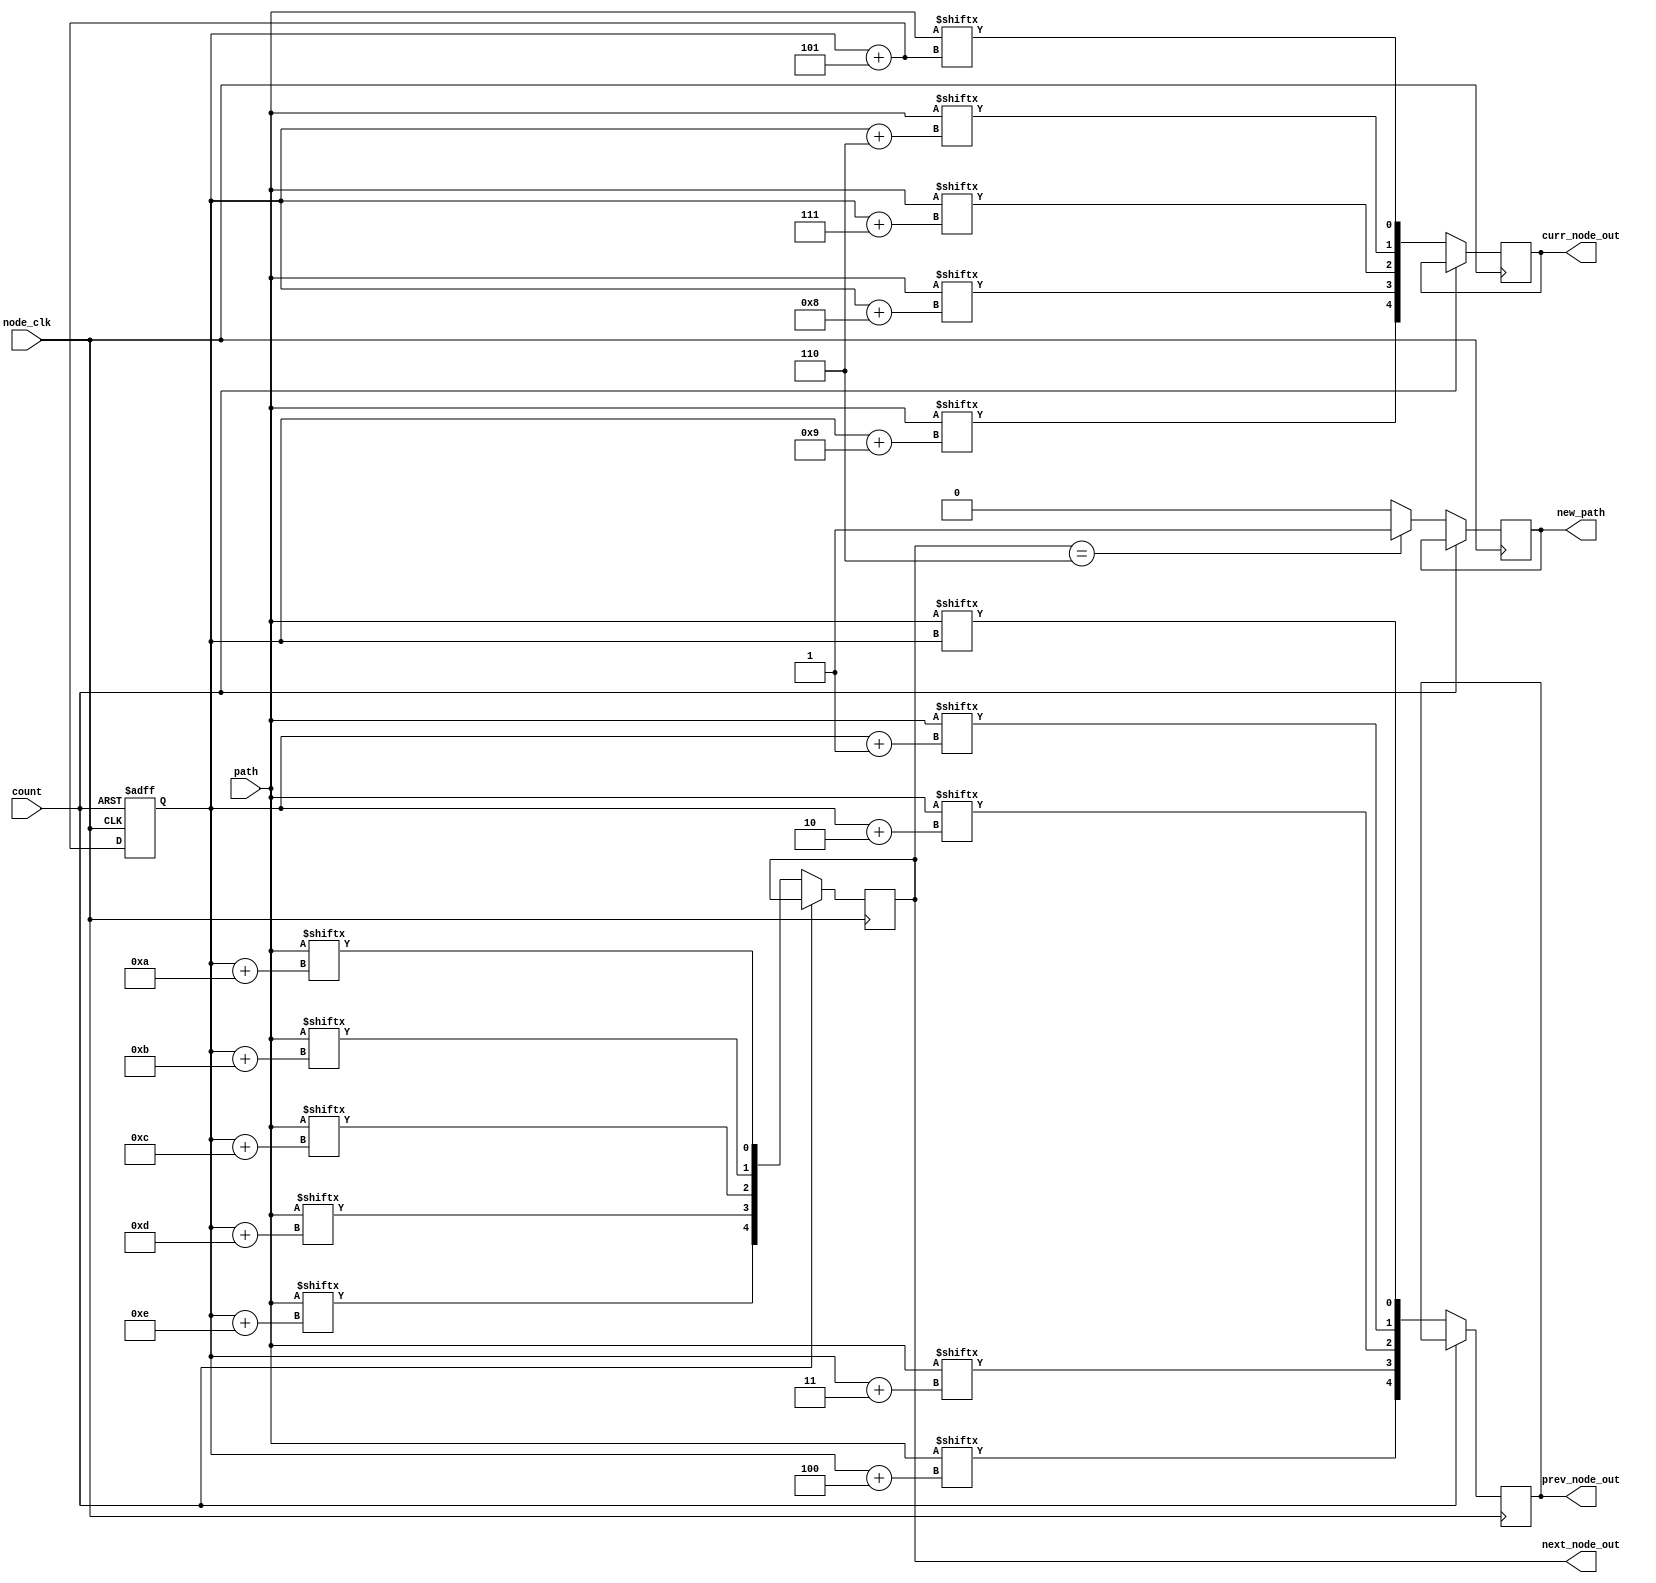
module path_controller(
	input node_clk,
	input [69:0] path,
	input count,
	output [4:0] prev_node_out, curr_node_out, next_node_out,
	output reg new_path
);

	reg [4:0] prev_node = 0;
 	reg [4:0] curr_node = 0; 
	reg [4:0] next_node = 0;
	reg [69:0] cnt = 0;
	reg prev_count = 0;
	
	assign prev_node_out = prev_node;
	assign curr_node_out = curr_node;
	assign next_node_out = next_node;
	
always @(posedge node_clk or posedge count) begin
		if (count) begin cnt <= 0; end
		else begin
			cnt <= cnt + 70'd5;
			next_node <= {path[cnt+14], path[cnt+13], path[cnt+12], path[cnt+11], path[cnt+10]};
			curr_node <= {path[cnt+9], path[cnt+8], path[cnt+7], path[cnt+6], path[cnt+5]};
			prev_node <= {path[cnt+4], path[cnt+3], path[cnt+2], path[cnt+1], path[cnt]};		
			if (next_node==6) begin
				new_path<=1;
			end
			else begin new_path <= 0;
		end	
		prev_count <= count;
		end
end
endmodule